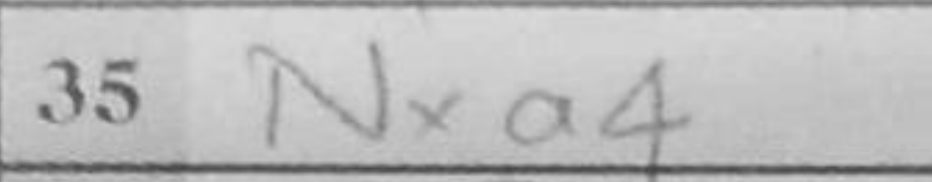
Transcription: Nxa4